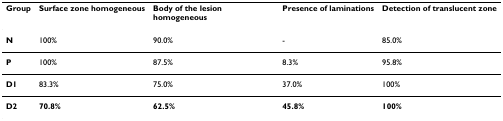
<table><thead><tr><td><b>Group</b></td><td><b>Surface zone homogeneous</b></td><td><b>Body of the lesion homogeneous</b></td><td><b>Presence of laminations</b></td><td><b>Detection of translucent zone</b></td></tr></thead><tbody><tr><td><b>N</b></td><td>100%</td><td>90.0%</td><td>-</td><td>85.0%</td></tr><tr><td><b>P</b></td><td>100%</td><td>87.5%</td><td>8.3%</td><td>95.8%</td></tr><tr><td><b>D1</b></td><td>83.3%</td><td>75.0%</td><td>37.0%</td><td>100%</td></tr><tr><td><b>D2</b></td><td><b>70.8%</b></td><td><b>62.5%</b></td><td><b>45.8%</b></td><td><b>100%</b></td></tr></tbody></table>